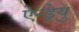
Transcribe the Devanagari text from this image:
ऐन्ड्रेयु